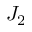
J _ { 2 }